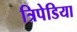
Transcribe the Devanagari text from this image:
त्रिपेडिया